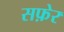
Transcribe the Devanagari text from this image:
सफ़ेर